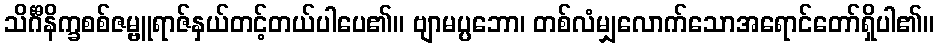
သိင်္ဂီနိက္ခစစ်ဇမ္ဗူရာဇ်နှယ်တင့်တယ်ပါပေ၏။ ဗျာမပ္ပဘော၊ တစ်လံမျှလောက်သောအရောင်တော်ရှိပါ၏။